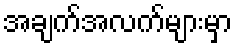
အချက်အလက်များမှာ